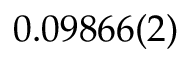
0 . 0 9 8 6 6 ( 2 )